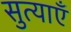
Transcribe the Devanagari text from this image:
सुत्याएँ